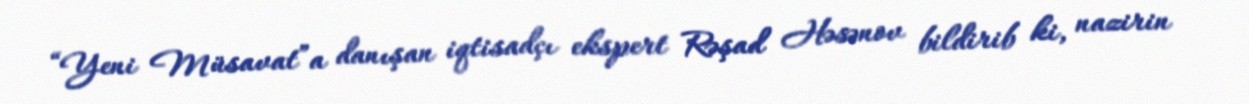
“Yeni Müsavat”a danışan iqtisadçı ekspert Rəşad Həsənov bildirib ki, nazirin